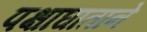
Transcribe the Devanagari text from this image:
पक्षाघाताने